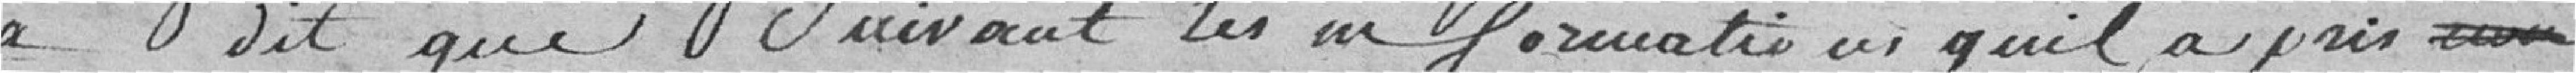
a dit que suivant les informations qu'il a pris